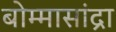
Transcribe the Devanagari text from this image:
बोम्मासांद्रा